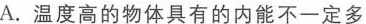
A.温度高的物体具有的内能不一定多